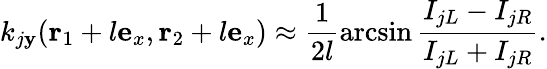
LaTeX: k_{j\mathbf{y}}(\mathbf{{r}}_{1}+l\mathbf{{e}}_{x},\mathbf{{r}}_{2}+l\mathbf{{e}}_{x})\approx\frac{{1}}{{2l}}\arcsin\frac{{I_{jL}-I_{jR}}}{{I_{jL}+I_{jR}}}.